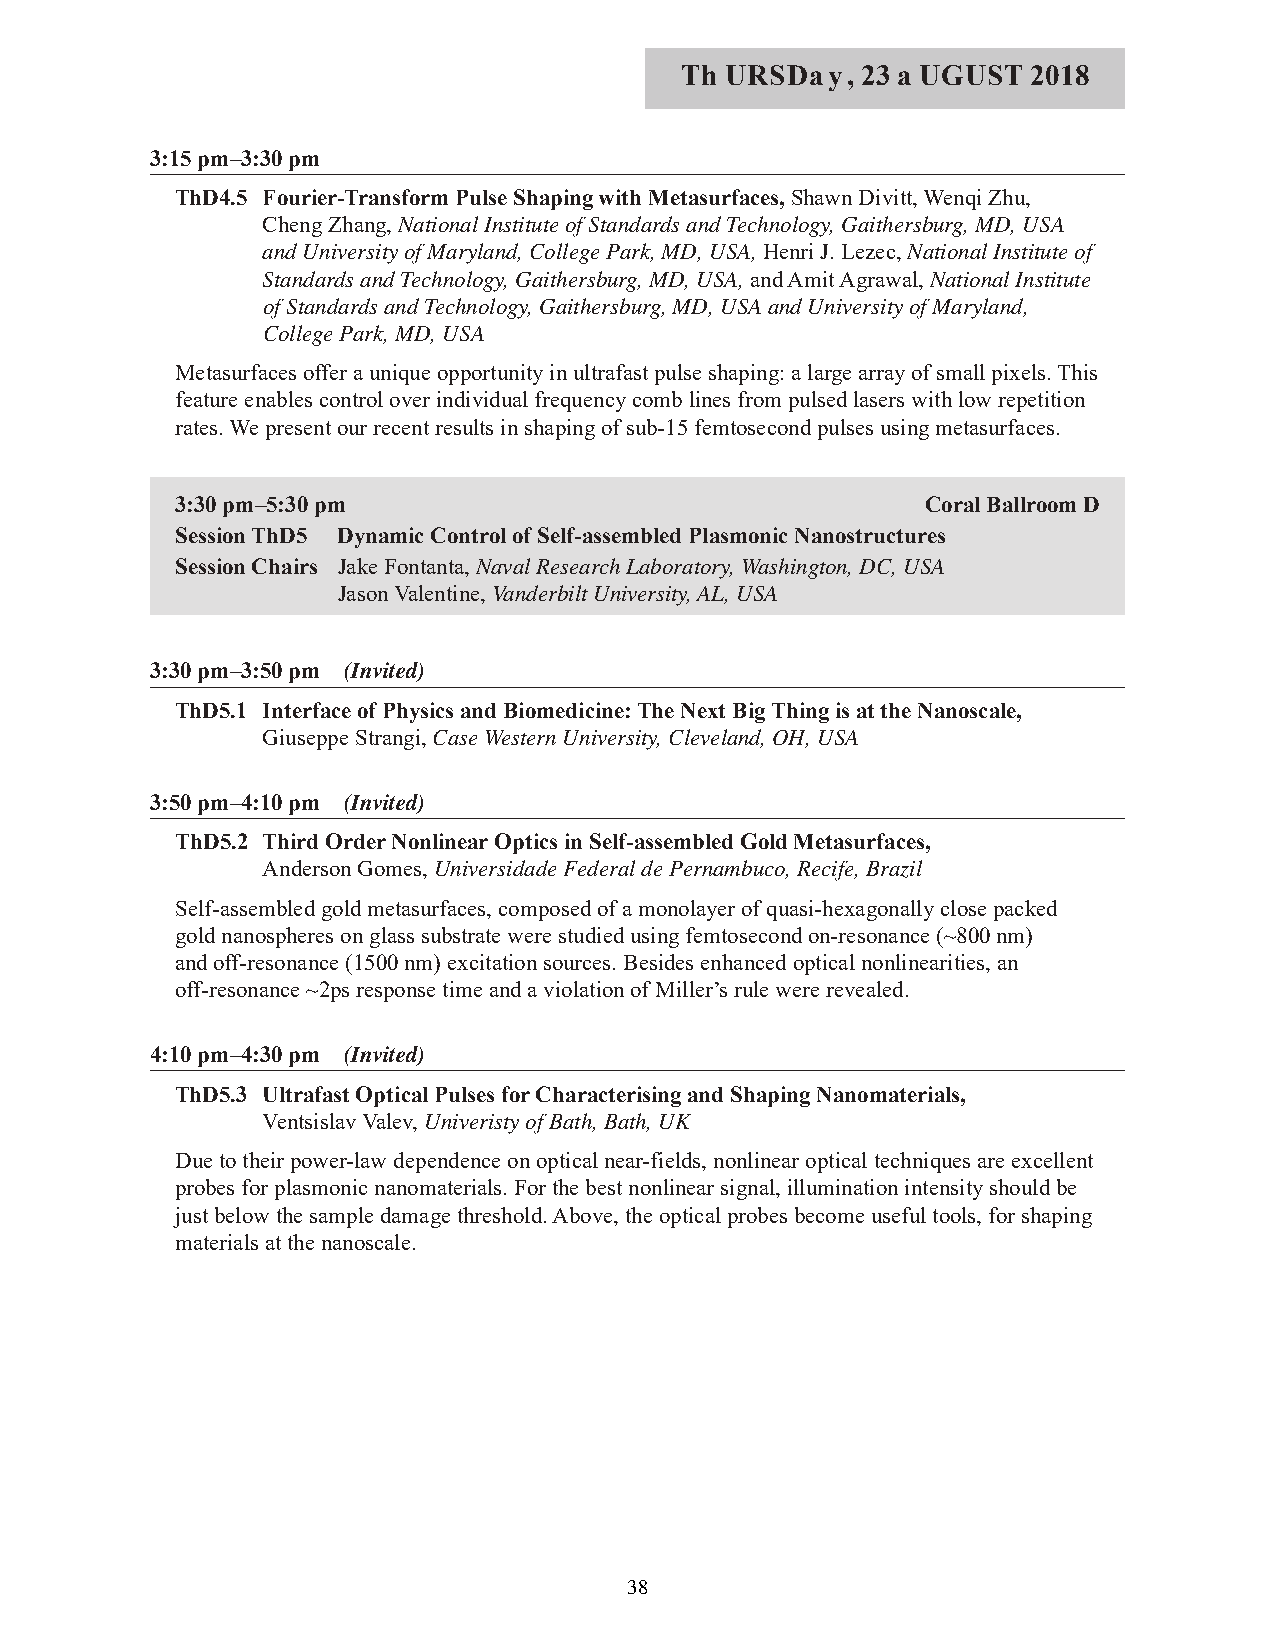
Th URSDay,  23 a UGUST 2018
 3:15 pm–3:30 pm
 ThD4.5 Fourier-Transform Pulse Shaping with Metasurfaces, Shawn Divitt, Wenqi Zhu,
 Cheng Zhang, National Institute of Standards and Technology, Gaithersburg, MD, USA
 and University of Maryland, College Park, MD, USA, Henri J. Lezec, National Institute of
 Standards and Technology, Gaithersburg, MD, USA, and Amit Agrawal, National Institute
 of Standards and Technology, Gaithersburg, MD, USA and University of Maryland,
 College Park, MD, USA
 Metasurfaces offer a unique opportunity in ultrafast pulse shaping: a large array of small pixels. This
 feature enables control over individual frequency comb lines from pulsed lasers with low repetition
 rates. We present our recent results in shaping of sub-15 femtosecond pulses using metasurfaces.
 3:30 pm–5:30 pm                                  Coral Ballroom D
 Session ThD5 Dynamic Control of Self-assembled Plasmonic Nanostructures
 Session Chairs Jake Fontanta, Naval Research Laboratory, Washington, DC, USA
 Jason Valentine, Vanderbilt University, AL, USA
 3:30 pm–3:50 pm (Invited)
 ThD5.1 Interface of Physics and Biomedicine: The Next Big Thing is at the Nanoscale,
 Giuseppe Strangi, Case Western University, Cleveland, OH, USA
 3:50 pm–4:10 pm (Invited)
 ThD5.2 Third Order Nonlinear Optics in Self-assembled Gold Metasurfaces,
 Anderson Gomes, Universidade Federal de Pernambuco, Recife, Brazil
 Self-assembled gold metasurfaces, composed of a monolayer of quasi-hexagonally close packed
 gold nanospheres on glass substrate were studied using femtosecond on-resonance (~800 nm)
 and off-resonance (1500 nm) excitation sources. Besides enhanced optical nonlinearities, an
 off-resonance ~2ps response time and a violation of Miller’s rule were revealed.
 4:10 pm–4:30 pm (Invited)
 ThD5.3 Ultrafast Optical Pulses for Characterising and Shaping Nanomaterials,
 Ventsislav Valev, Univeristy of Bath, Bath, UK
 Due to their power-law dependence on optical near-fields, nonlinear optical techniques are excellent
 probes for plasmonic nanomaterials. For the best nonlinear signal, illumination intensity should be
 just below the sample damage threshold. Above, the optical probes become useful tools, for shaping
 materials at the nanoscale.
 38